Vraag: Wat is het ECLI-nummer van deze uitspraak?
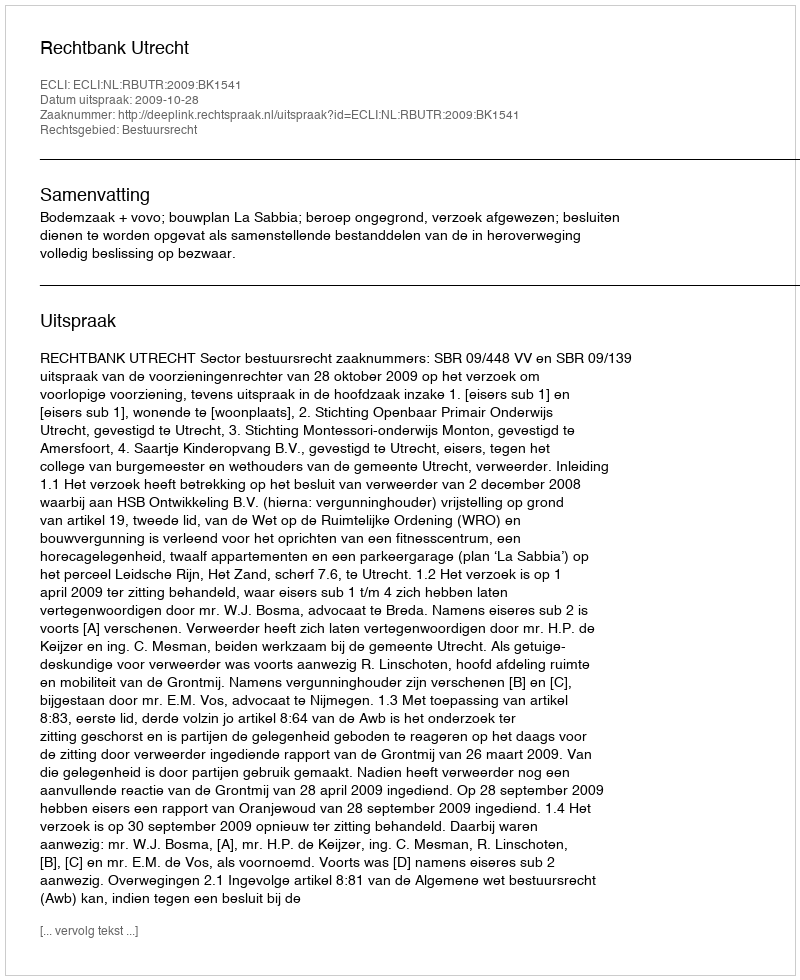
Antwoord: ECLI:NL:RBUTR:2009:BK1541